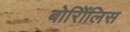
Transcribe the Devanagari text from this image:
बोरिॲलिस